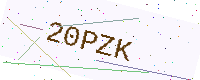
Text: 20PZK